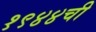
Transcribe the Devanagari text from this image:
१९४४ची